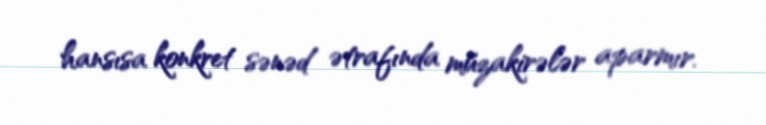
hansısa konkret sənəd ətrafında müzakirələr aparmır.